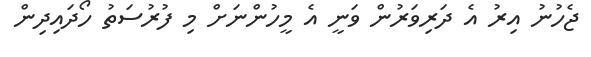
ޖެހުނު އިރު އެ ދަރިވަރުން ވަނީ އެ މީހުންނަށް މި ފުރުސަތު ހޯދައިދިން